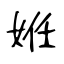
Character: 姙